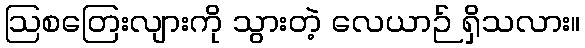
ဩစတြေးလျားကို သွားတဲ့ လေယာဉ် ရှိသလား။